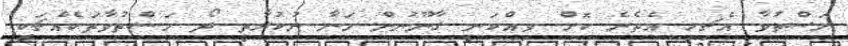
މަސްތުވާ އެޗިހި އެތެރެ ކޮށް ވިއްކަނީ ގާނޫނުން މަނާ ނުކުރާތީ ދޯ މަސްތުވާތަކެއްޗަކީ